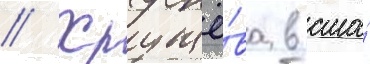
// Хрущё́ва в сша́